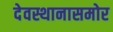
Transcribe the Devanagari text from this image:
देवस्थानासमोर